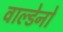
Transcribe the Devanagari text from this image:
वाल्डेनो